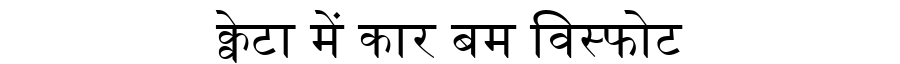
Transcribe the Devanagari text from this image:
क्वेटा में कार बम विस्फोट